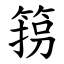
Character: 箉